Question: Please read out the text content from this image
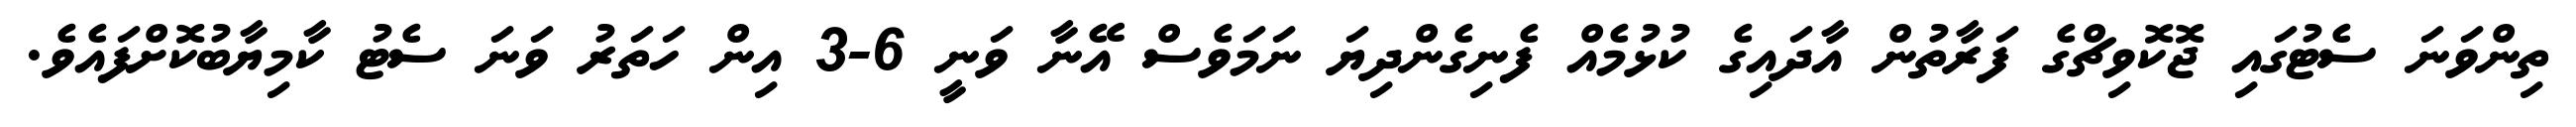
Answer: ތިންވަނަ ސެޓުގައި ޖޮކޮވިޗްގެ ފަރާތުން އާދައިގެ ކުޅުމެއް ފެނިގެންދިޔަ ނަމަވެސް އޭނާ ވަނީ 6-3 އިން ހަތަރު ވަނަ ސެޓު ކާމިޔާބުކޮށްފައެވެ.